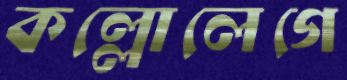
কল্লোলেগে